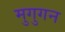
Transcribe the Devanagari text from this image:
मुगुगन